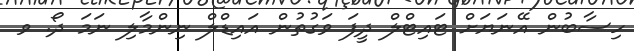
ހިސާބުން އޭނަޔަށް ޓައިޓްލް ދީފަ ވަގުތުން އައިޑްލް ނިންމާލި ނަމަ ދޯ. ވ